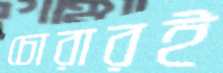
চোরারই